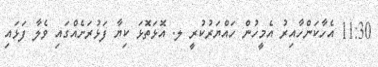
11:30 އެހާކަންހާއިރު އެމީހުން ހައްޔަރުކުރީ ލ. އޮޅަތޮޅަ ކިޔާ ފަޅުރަށެއްގައި ވެލާ ފަޅައި